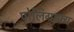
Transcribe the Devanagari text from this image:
पोलिग्राफ्य